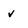
Character: v